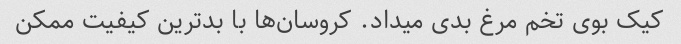
کیک بوی تخم مرغ بدی میداد. کروسان‌ها با بدترین کیفیت ممکن